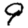
Digit: 9